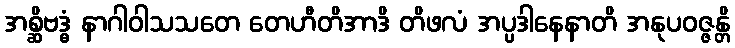
အစ္ဆိဗဒ္ဓံ နာဂါဝါသသတေ တေဟီတိအာဒိ တိဖလံ အပ္ပဒါနေနာတိ အနုပဝဇ္ဇန္တိ